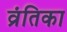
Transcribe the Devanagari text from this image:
व्रंतिका